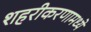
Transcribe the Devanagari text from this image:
शहरीकरणामध्ये